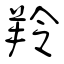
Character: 羚